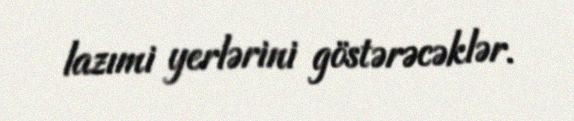
lazımi yerlərini göstərəcəklər.